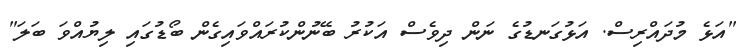
"އަޅެ މުދައްރިސް. އަޅުގަނޑުގެ ނަން ދިވެސް އަކުރު ބޭނުންކުރައްވައިގެން ބޯޑުގައި ލިޔުއްވަ ބަލަ"